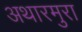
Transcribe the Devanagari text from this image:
अथारमुरा